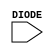
module sky130_fd_sc_hs__diode (
    //# {{power|Power}}
    input DIODE
);

    // Voltage supply signals
    supply1 VPWR;
    supply0 VGND;
    supply1 VPB ;
    supply0 VNB ;

endmodule